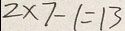
2 \times 7 - 1 = 1 3